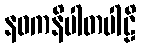
နဝကနိပါတပါဠိ